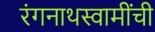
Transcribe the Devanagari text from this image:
रंगनाथस्वामींची